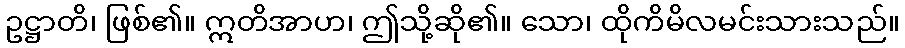
ဥဋ္ဌာတိ၊ ဖြစ်၏။ ဣတိအာဟ၊ ဤသို့ဆို၏။ သော၊ ထိုကိမိလမင်းသားသည်။